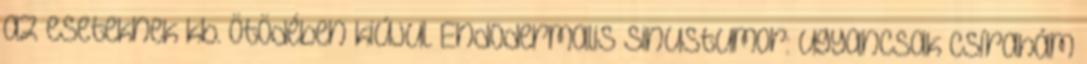
az eseteknek kb. ötödében kiújul. Endodermalis sinustumor: ugyancsak csírahám